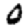
Digit: 0